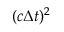
( c \Delta t ) ^ { 2 }